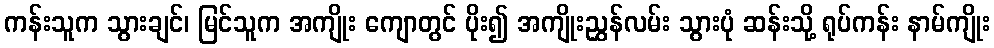
ကန်းသူက သွားချင်၊ မြင်သူက အကျိုး ကျောတွင် ပိုး၍ အကျိုးညွှန်လမ်း သွားပုံ ဆန်းသို့ ရုပ်ကန်း နာမ်ကျိုး